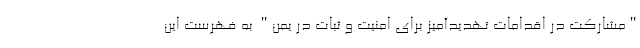
"مشارکت در اقدامات تهدیدآمیز برای امنیت و ثبات در یمن" به فهرست این